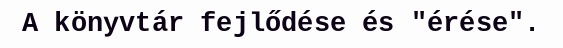
A könyvtár fejlődése és "érése".